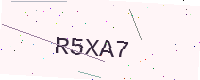
Text: R5XA7